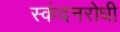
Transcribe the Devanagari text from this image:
स्कंदनरोधी